Scottish Certificate of Education, 1962
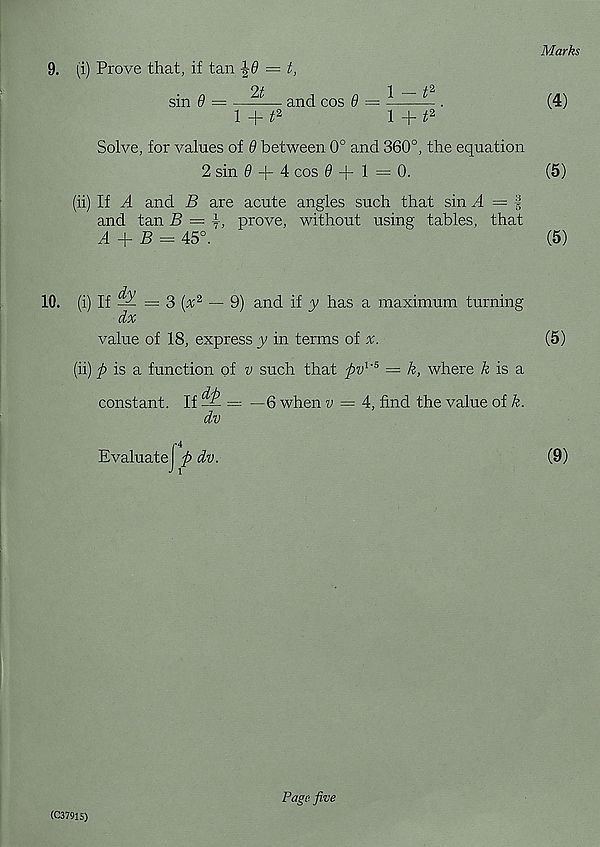
Marks
9. (i) Prove that, if tan ±6 = t,
sin 9 = ——— and cos 9 —
— .
(4)
l+t 2
1 + t 2
Solve, for values of 9 between 0° and 360°, the equation
2 sin # + 4 cos 0+1=0.
(5)
(ii) If A and B are acute angles such that sin + = |
and tan B = }, prove, without using tables, that
A + B == 45°.
(5)
10. (i) if
= 3 + 2 — 9) and if y has a maximum turning
dx
value of 18, express y in terms of x.
(5)
(ii) ft is & function of v such that ftv 1 ' 5 = k, where & is a
constant. If ^ = —6 when w = 4, find the value of k.
dv
EvaluateJ ft dv.
(9)
(C37915)
Page five